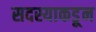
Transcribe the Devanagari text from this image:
सदस्याकडून